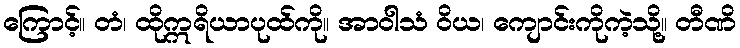
ကြောင့်။ တံ၊ ထိုဣရိယာပုထ်ကို။ အာဝါသံ ဝိယ၊ ကျောင်းကိုကဲ့သို့။ တီဏိ